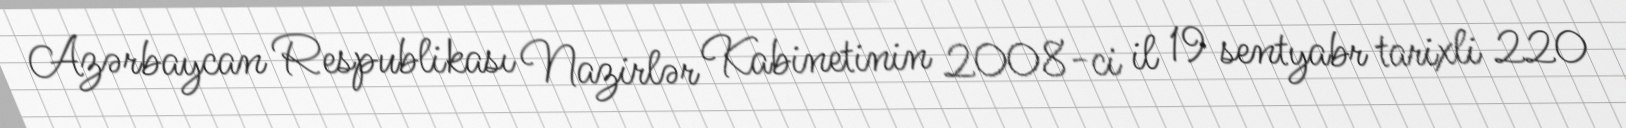
Azərbaycan Respublikası Nazirlər Kabinetinin 2008-ci il 19 sentyabr tarixli 220